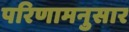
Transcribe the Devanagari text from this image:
परिणामनुसार